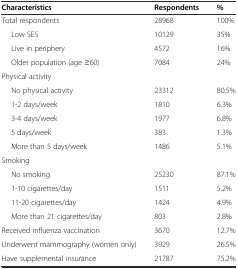
<table><thead><tr><td><b>Characteristics</b></td><td><b>Respondents</b></td><td><b>%</b></td></tr></thead><tbody><tr><td>Total respondents</td><td>28968</td><td>100%</td></tr><tr><td>Low SES</td><td>10129</td><td>35%</td></tr><tr><td>Live in periphery</td><td>4572</td><td>16%</td></tr><tr><td>Older population (age ≥60)</td><td>7084</td><td>24%</td></tr><tr><td>Physical activity</td><td></td><td></td></tr><tr><td>No physical activity</td><td>23312</td><td>80.5%</td></tr><tr><td>1-2 days/week</td><td>1810</td><td>6.3%</td></tr><tr><td>3-4 days/week</td><td>1977</td><td>6.8%</td></tr><tr><td>5 days/week</td><td>383</td><td>1.3%</td></tr><tr><td>More than 5 days/week</td><td>1486</td><td>5.1%</td></tr><tr><td>Smoking</td><td></td><td></td></tr><tr><td>No smoking</td><td>25230</td><td>87.1%</td></tr><tr><td>1-10 cigarettes/day</td><td>1511</td><td>5.2%</td></tr><tr><td>11-20 cigarettes/day</td><td>1424</td><td>4.9%</td></tr><tr><td>More than 21 cigarettes/day</td><td>803</td><td>2.8%</td></tr><tr><td>Received influenza vaccination</td><td>3670</td><td>12.7%</td></tr><tr><td>Underwent mammography (women only)</td><td>3929</td><td>26.5%</td></tr><tr><td>Have supplemental insurance</td><td>21787</td><td>75.2%</td></tr></tbody></table>